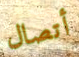
أتصال